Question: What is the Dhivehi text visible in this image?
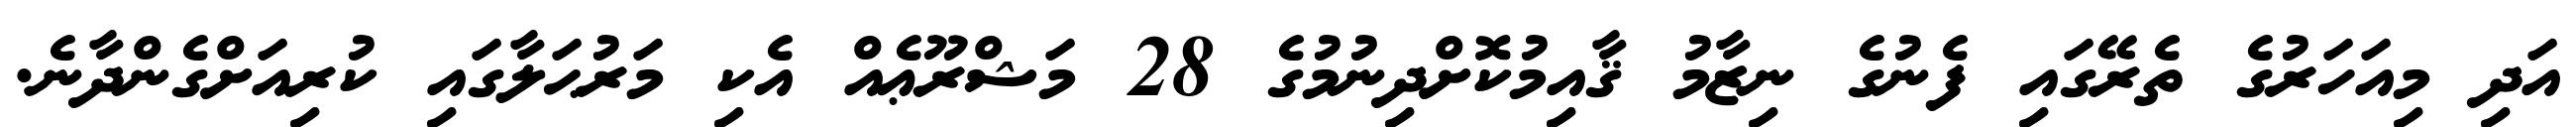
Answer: އަދި މިއަހަރުގެ ތެރޭގައި ފެނުގެ ނިޒާމު ޤާއިމުކޮށްދިނުމުގެ 28 މަޝްރޫޢެއް އެކި މަރުޙަލާގައި ކުރިއަށްގެންދާނެ.